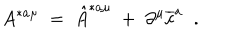
A ^ { * a \mu } \; = \; \hat { A } ^ { * a \mu } \; + \; \partial ^ { \mu } \overline { { { c } } } ^ { a } \; \; .